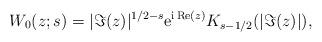
LaTeX: \begin{gather*}W_0(z;s)=|{\Im}(z)|^{1/2-s}{\rm e}^{{\rm i}\operatorname{Re}(z)}K_{s-1/2}(|\Im(z)|),\end{gather*}